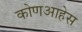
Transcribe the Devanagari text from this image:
कोणआहेस